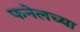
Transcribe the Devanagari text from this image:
फनेलच्या